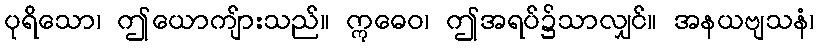
ပုရိသော၊ ဤယောကျ်ားသည်။ ဣဓေဝ၊ ဤအရပ်၌သာလျှင်။ အနယဗျသနံ၊